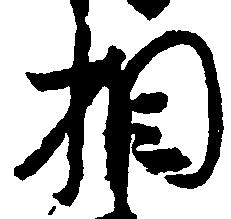
相